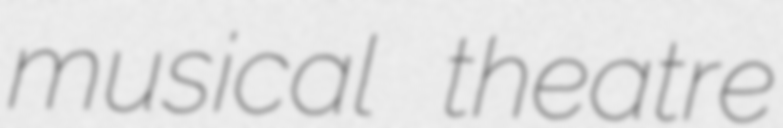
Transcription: musical theatre